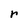
Character: r